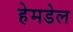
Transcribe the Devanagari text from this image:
हेमडेल